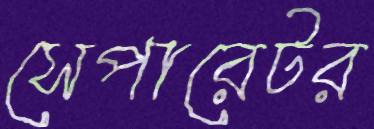
সেপারেটর